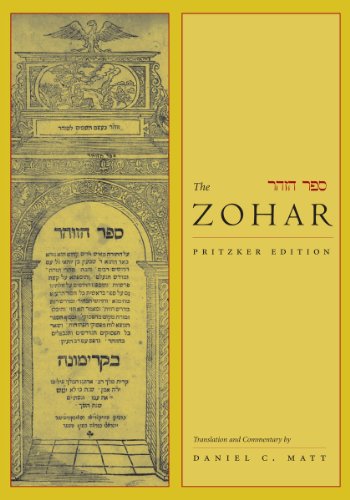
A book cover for The Zohar: Pritzker Edition, Volume Seven; Religion & Spirituality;